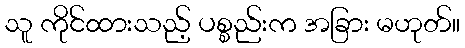
သူ ကိုင်ထားသည့် ပစ္စည်းက အခြား မဟုတ်။